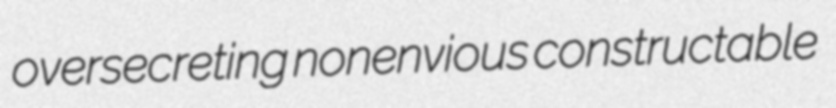
oversecreting nonenvious constructable